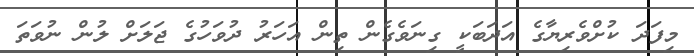
މިފަދަ ކުށްވެރިޔާގެ އަދަބަކީ ގިނަވެގެން ތިން އަހަރު ދުވަހުގެ ޖަލަށް ލުން ނުވަތަ